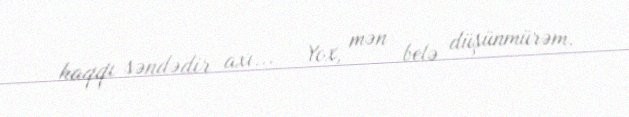
haqqı səndədir axı... - Yox, mən belə düşünmürəm.